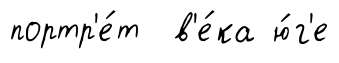
портр'е́т в'е́ка ю́г'е